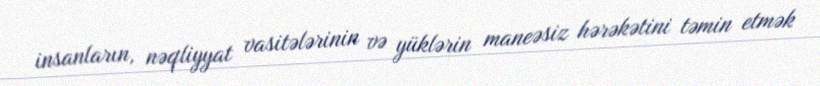
insanların, nəqliyyat vasitələrinin və yüklərin maneəsiz hərəkətini təmin etmək